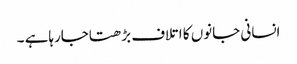
انسانی جانوں کا اتلاف بڑھتاجارہاہے ۔